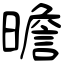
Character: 曕